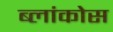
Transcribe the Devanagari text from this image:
ब्लांकोस